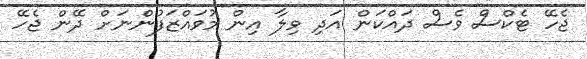
ޖެހޭ ޓެކްސް ވެސް ދައްކަން އަދި ވިލާ އިން މުވައްޒަފުންނަށް ދޭން ޖެހޭ